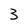
Character: 3